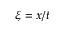
\xi = x / t